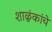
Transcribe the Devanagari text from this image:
शाळुंकांचे